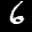
Label: 6